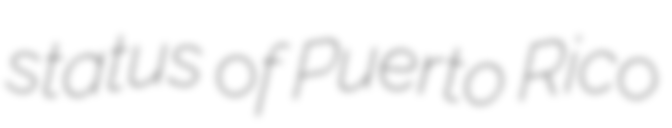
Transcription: status of Puerto Rico